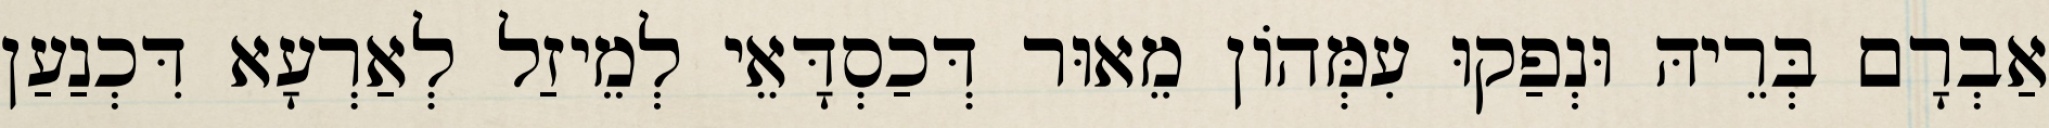
אַבְרָם בְּרֵיהּ וּנְפַקוּ עִמְּהוֹן מֵאוּר דְּכַסְדָּאֵי לְמֵיזַל לְאַרְעָא דִּכְנַעַן